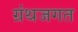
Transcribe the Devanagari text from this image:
ग्रंथजगत